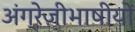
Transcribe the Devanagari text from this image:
अंग्रेज़ीभाषीयों